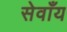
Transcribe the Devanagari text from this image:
सेवाँय